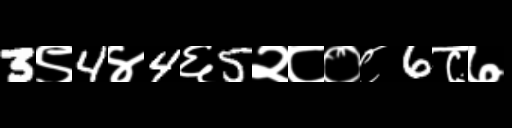
Text: 3९4४4६5२८०८6८७